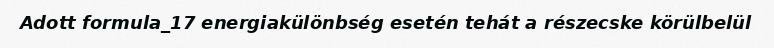
Adott formula_17 energiakülönbség esetén tehát a részecske körülbelül